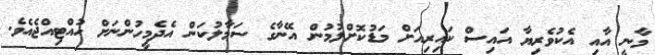
މާނީ އާއި އެކުވެރިޔާ އައިސް ކައިރިއަށް މަޑުކޮށްލުމުން އޭނާގެ ސަމާލުކަން އެދެމީހުންނަށް ހުއްޓިއްޖެއެވެ.